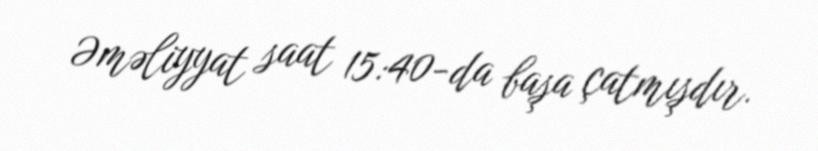
Əməliyyat saat 15:40-da başa çatmışdır.